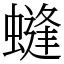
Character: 䗦